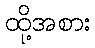
ထို့အစား